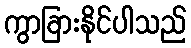
ကွာခြားနိုင်ပါသည်